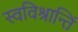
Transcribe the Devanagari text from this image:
स्वविश्रान्तिं